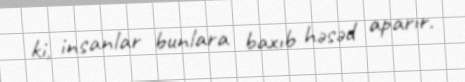
ki, insanlar bunlara baxıb həsəd aparır.